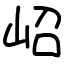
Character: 岹